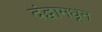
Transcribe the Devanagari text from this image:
दंद्वामधून